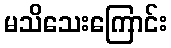
မသိသေးကြောင်း